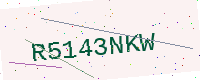
Text: R5143NKW